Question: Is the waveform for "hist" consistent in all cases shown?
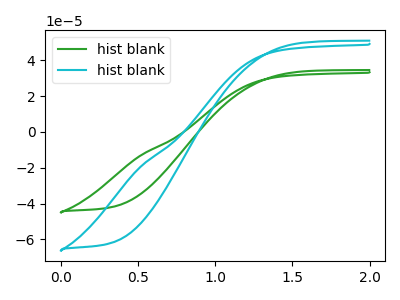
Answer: <think>The green curve "hist blank1" has no peaks. The cyan curve "hist blank2" has no peaks.
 Neither "hist blank1" or "hist blank2" have any peaks.</think>
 <answer>All the CV's of "hist" have similar shape.</answer>
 <eval>follow_rule</eval>